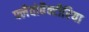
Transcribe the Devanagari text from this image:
फ्लैवोबैक्टीरिया